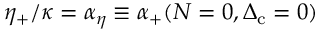
\eta _ { + } / \kappa = \alpha _ { \eta } \equiv \alpha _ { + } ( N = 0 , \Delta _ { \mathrm { c } } = 0 )